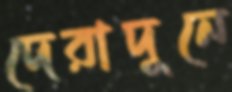
দেরাদুনে